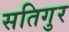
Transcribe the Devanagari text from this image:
सतिगुर